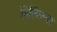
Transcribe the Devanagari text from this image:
बिल्लिन्यर